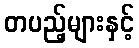
တပည့်များနှင့်